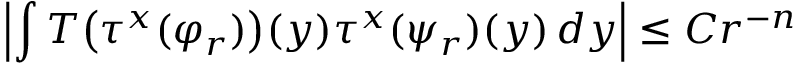
\left| \int T { \bigl ( } \tau ^ { x } ( \varphi _ { r } ) { \bigr ) } ( y ) \tau ^ { x } ( \psi _ { r } ) ( y ) \, d y \right| \leq C r ^ { - n }